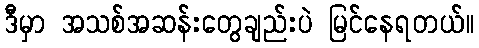
ဒီမှာ အသစ်အဆန်းတွေချည်းပဲ မြင်နေရတယ်။